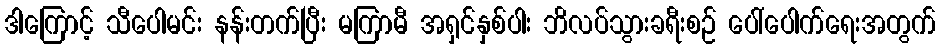
ဒါကြောင့် သီပေါမင်း နန်းတက်ပြီး မကြာမီ အရှင်နှစ်ပါး ဘိလပ်သွားခရီးစဉ် ပေါ်ပေါက်ရေးအတွက်